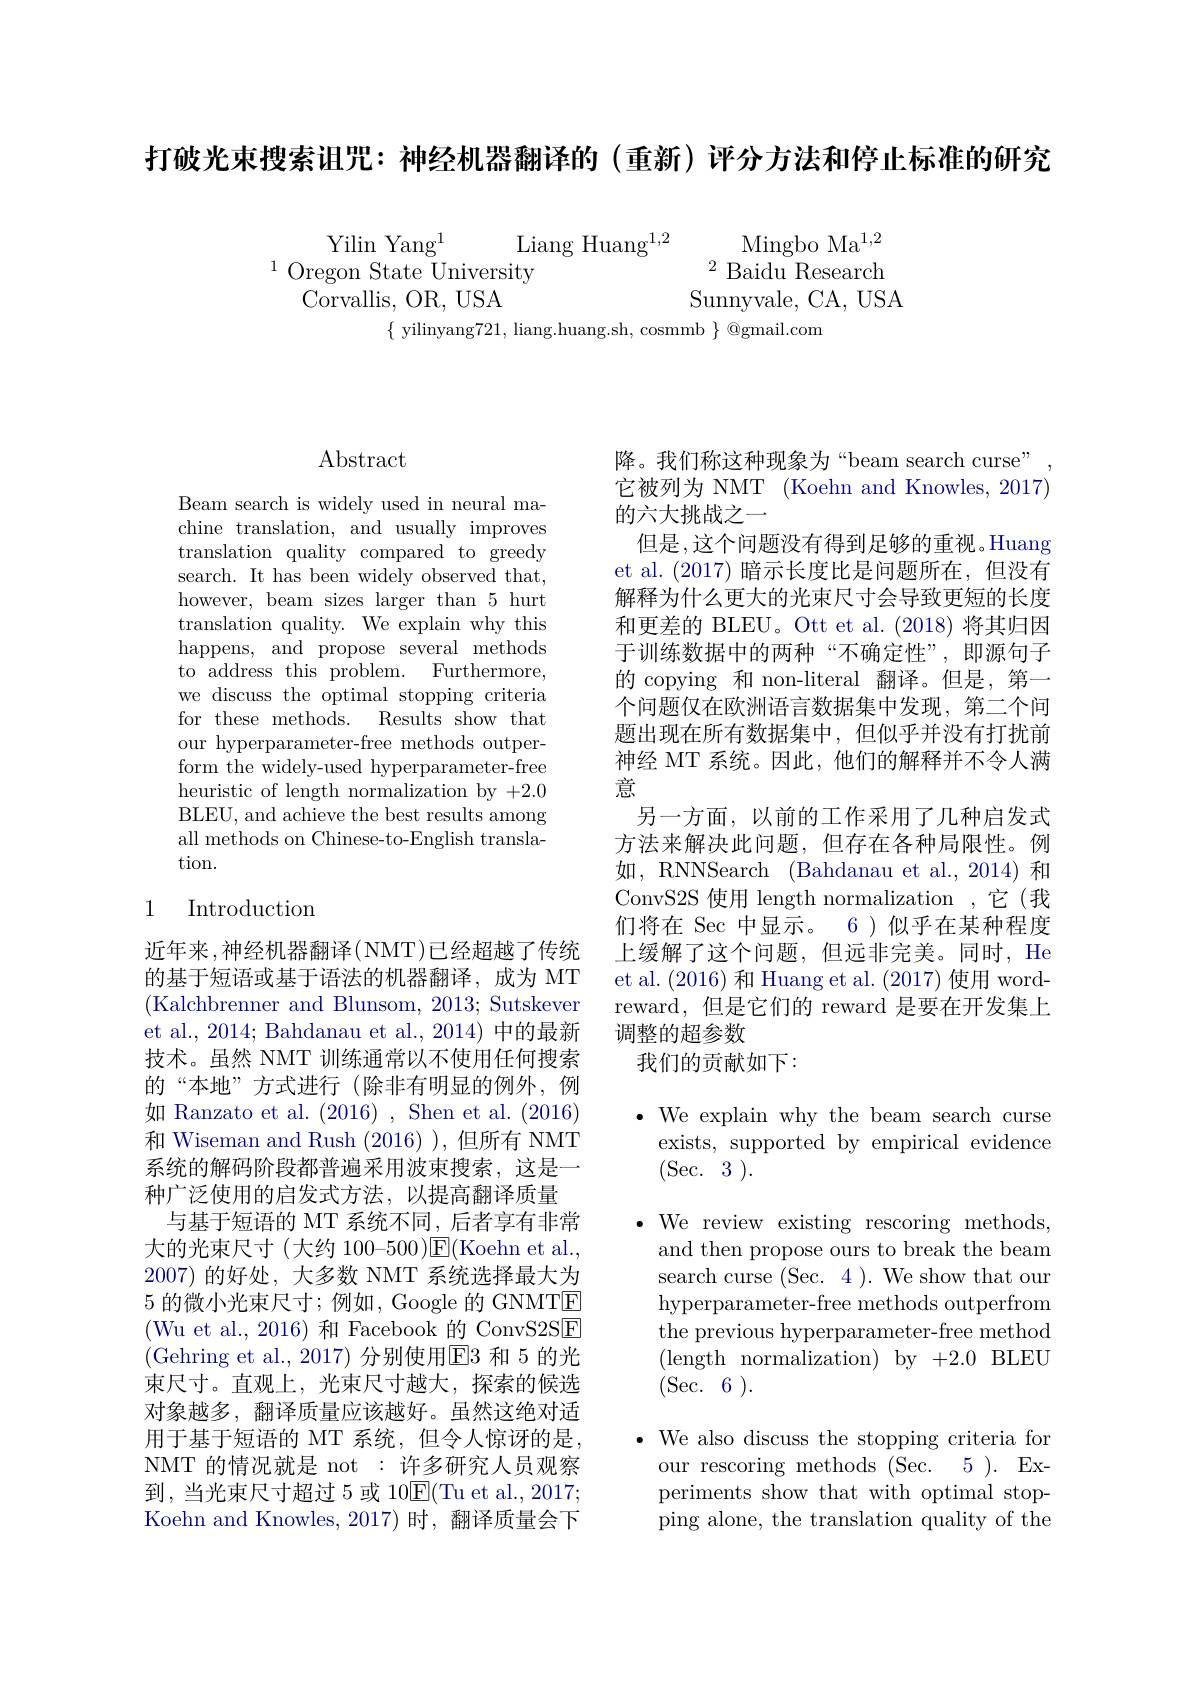
打破光束搜索诅咒：神经机器翻译的(重新)评分方法和停止标准的研究

$\begin{array}{cc}\text{Yilin Yang}^1&\text{Liang Huang}^{1,2}&\text{Mingbo Ma}^{1,2}\\\text{Oregon State University}&\text{Baidu Research}\end{array}$
Sunnyvale, CA, USA
Corvallis, OR, USA
$\{$ yilinyang721, liang.huang.sh, cosmmb $\}$ @gmail.com

# Abstract

Beam search is widely used in neural machine translation, and usually improves translation quality compared to greedy search. It has been widely observed that, however, beam sizes larger than 5 hurt translation quality. We explain why this happens, and propose several methods to address this problem. Furthermore, we discuss the optimal stopping criteria for these methods. Results show that our hyperparameter-free methods outperform the widely-used hyperparameter-free heuristic of length normalization by +2.0 BLEU, and achieve the best results among all methods on Chinese-to-English translation.

## 1 Introduction

近年来，神经机器翻译(NMT)已经超越了传统的基于短语或基于语法的机器翻译，成为 MT (Kalchbrenner and Blunsom, 2013; Sutskever et al., 2014; Bahdanau et al., 2014) 中的最新技术。虽然 NMT 训练通常以不使用任何搜索的“本地”方式进行(除非有明显的例外，例如 Ranzato et al. (2016), Shen et al. (2016) 和 Wiseman and Rush (2016) ),但所有 NMT 系统的解码阶段都普遍采用波束搜索，这是一种广泛使用的启发式方法，以提高翻译质量
与基于短语的 MT 系统不同，后者享有非常大的光束尺寸(大约 100-500)E(Koehn et al., 2007)的好处，大多数 NMT 系统选择最大为5的微小光束尺寸；例如，Google 的 GNMTE (Wu et al., 2016)和 Facebook 的 ConvS2SE (Gehring et al.,2017)分别使用$\overline{\mathrm{E}}3$ 和 5 的光束尺寸。直观上，光束尺寸越大，探索的候选对象越多，翻译质量应该越好。虽然这绝对适用于基于短语的 MT 系统，但令人惊讶的是， NMT 的情况就是 not : 许多研究人员观察到，当光束尺寸超过 5 或 10$\overline{\mathrm{E}}($Tu et al., 2017; Koehn and Knowles, 2017) 时，翻译质量会下

降。我们称这种现象为“beam search curse” 它被列为 NMT (Koehn and Knowles, 2017) 的六大挑战之一
但是，这个问题没有得到足够的重视。Huang et al. (2017)暗示长度比是问题所在，但没有解释为什么更大的光束尺寸会导致更短的长度和更差的 BLEU。Ott et al.(2018) 将其归因于训练数据中的两种“不确定性”,即源句子的 copying 和 non-literal 翻译。但是，第一个问题仅在欧洲语言数据集中发现，第二个间题出现在所有数据集中，但似乎并没有打扰前神经 MT 系统。因此，他们的解释并不令人满意
另一方面，以前的工作采用了几种启发式方法来解决此问题，但存在各种局限性。例如，RNNSearch (Bahdanau et al.,2014) 和ConvS2S 使用 length normalization ,它(我们将在 Sec 中显示。6 )似乎在某种程度上缓解了这个问题，但远非完美。同时，He et al. (2016) 和 Huang et al. (2017) 使用 wordreward,但是它们的 reward 是要在开发集上调整的超参数
我们的贡献如下：

$\bullet$ We explain why the beam search curse exists, supported by empirical evidence (Sec.3).
$\bullet$ We review existing rescoring methods, and then propose ours to break the beam search curse (Sec. 4 ). We show that our hyperparameter-free methods outperfrom the previous hyperparameter-free method (length normalization)by +2.0BLEU (Sec.6).
· We also discuss the stopping criteria for

our rescoring methods (Sec. 5 ). Experiments show that with optimal stopping alone, the translation quality of the